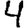
Digit: 4